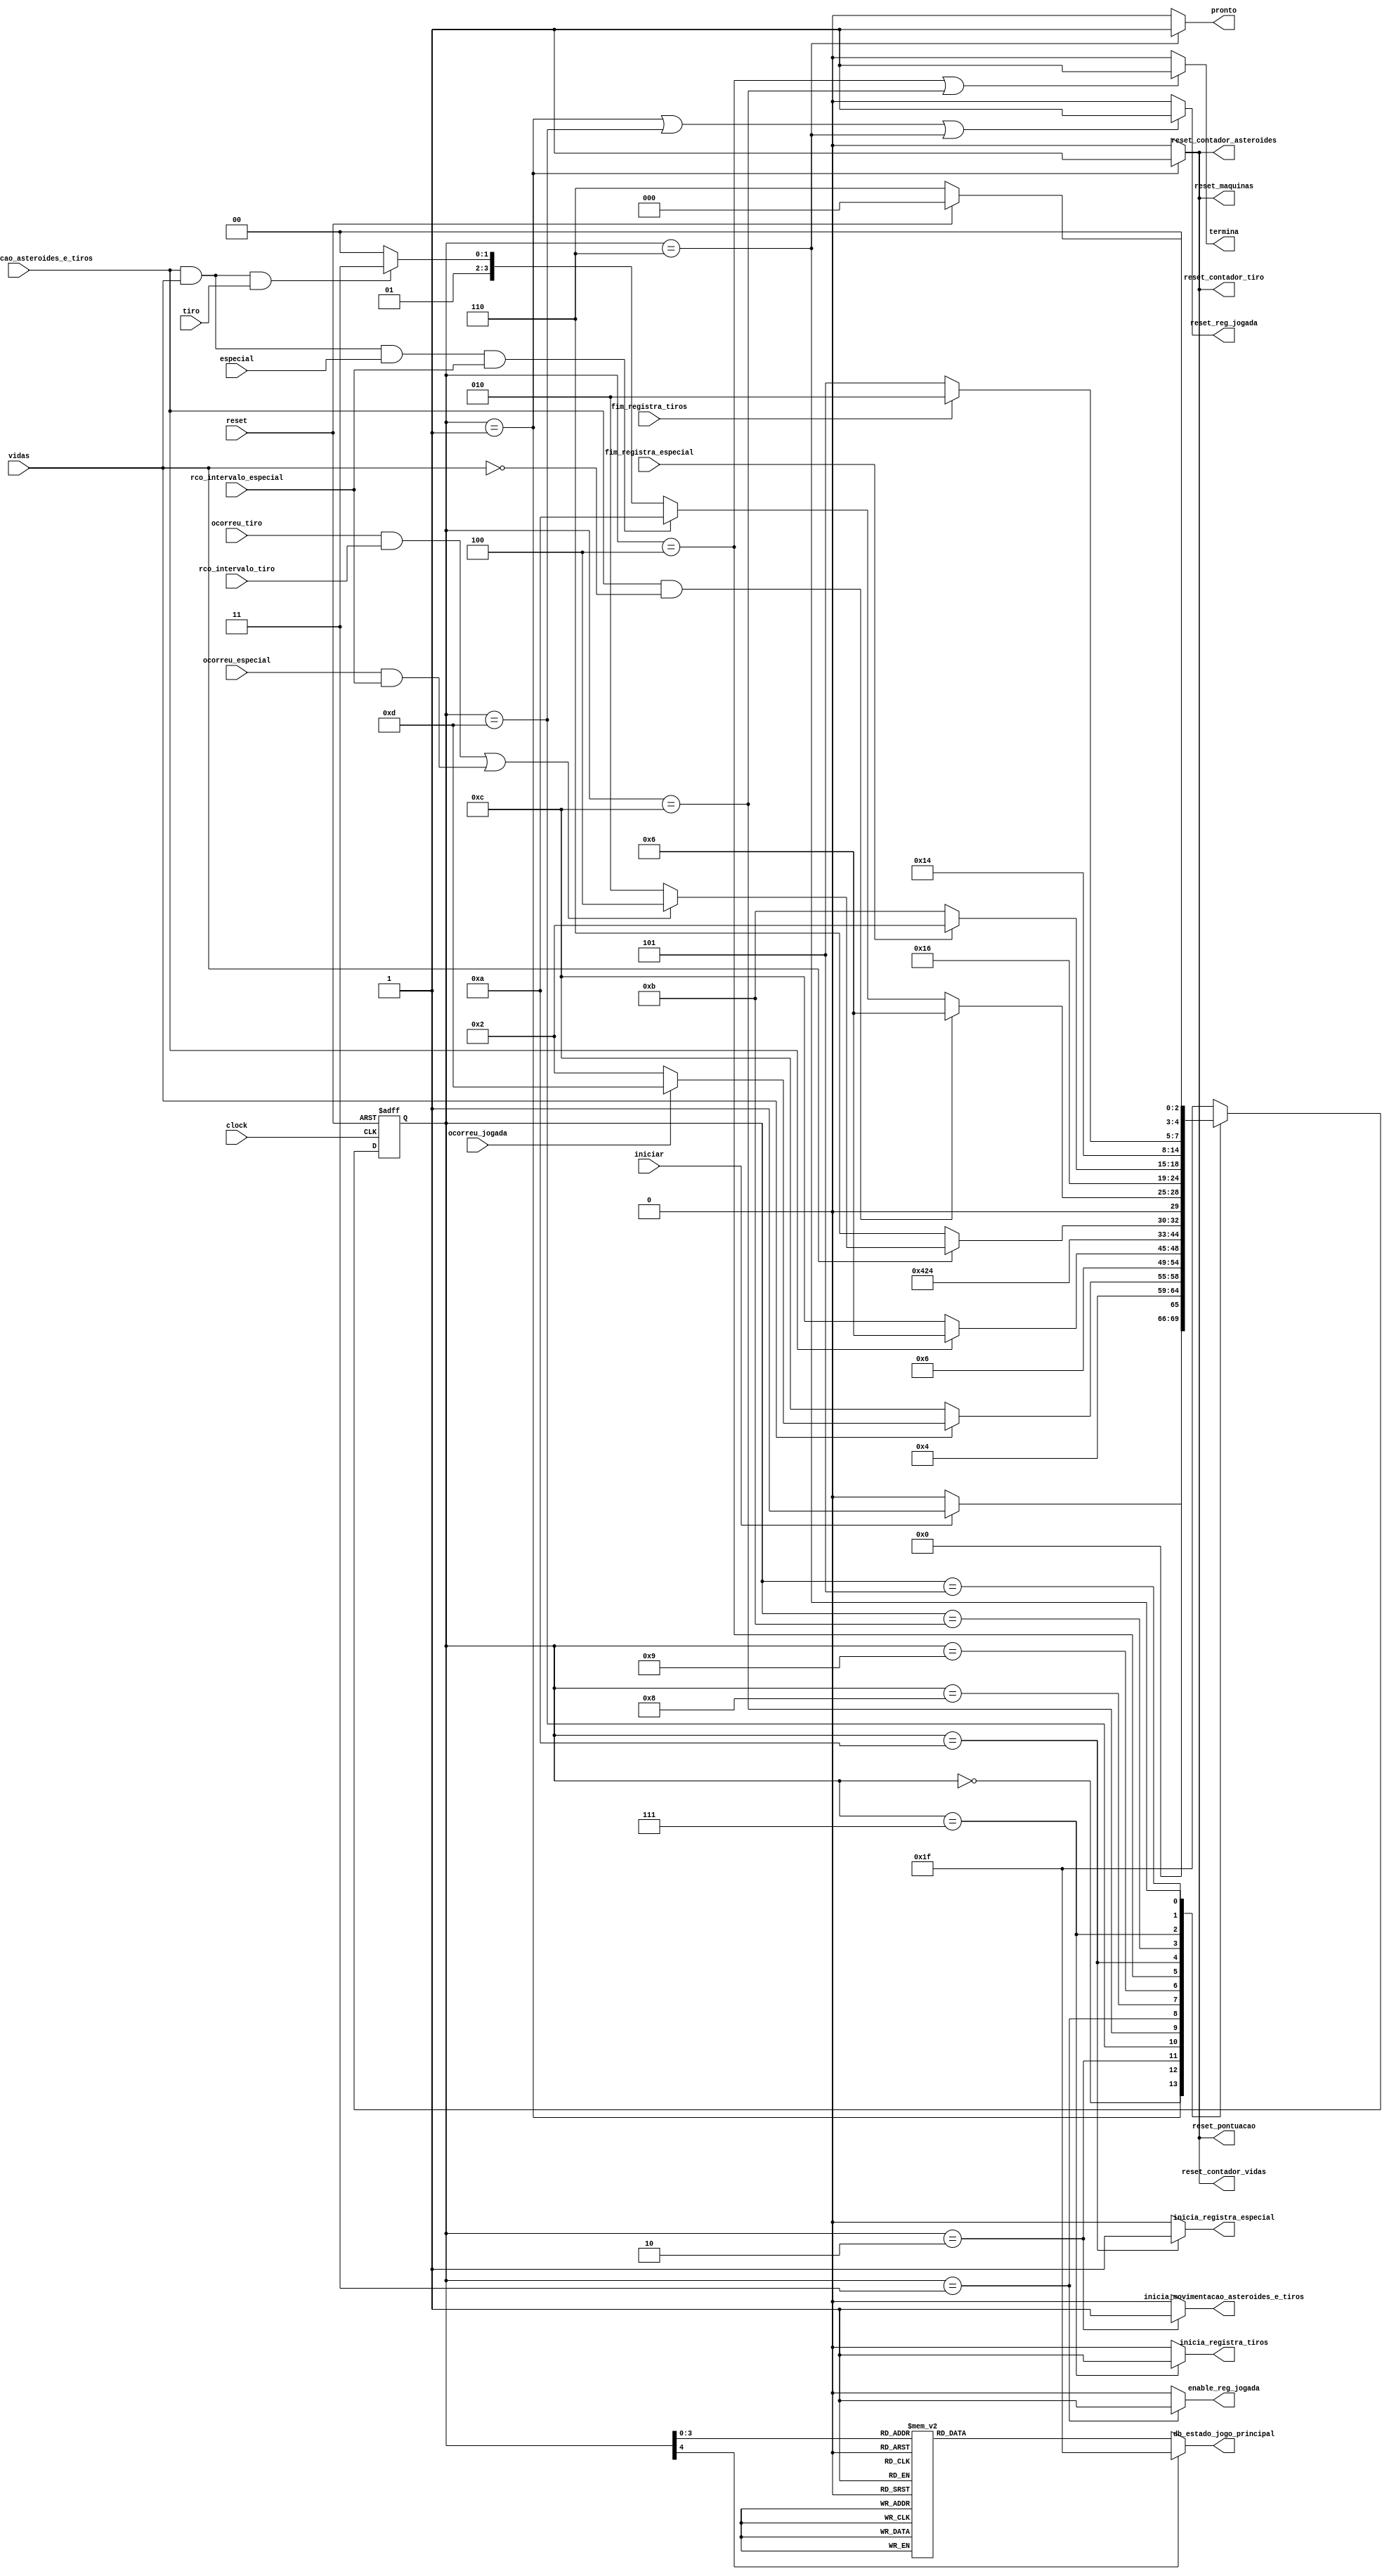
/*
*       Unidade de controle responsvel pelo jogo principal, essa unidade tem a maior hierarquia
*       entre as unidades de controles. Ela registra a jogada, e inicializa a operao das unidades de controles:
*       coordena_asteroides_tiros.v, uc_registra_tiros.v, e uc_registra_especial.v
*
*/
module uc_jogo_principal (
        input clock,
        input iniciar,
        input reset,
        input vidas,
        input fim_movimentacao_asteroides_e_tiros, 
        input fim_registra_tiros,
        input fim_registra_especial, 
        input ocorreu_tiro,
        input ocorreu_jogada,
        input ocorreu_especial, 
        input tiro,      
        input especial, 
        input rco_intervalo_especial,
        input rco_intervalo_tiro,
        output reg enable_reg_jogada,
        output reg reset_reg_jogada, 
        output reg inicia_registra_tiros,
        output reg inicia_registra_especial, 
        output reg inicia_movimentacao_asteroides_e_tiros, 
        output reg reset_contador_asteroides,
        output reg reset_contador_tiro,
        output reg reset_contador_vidas,
        output reg reset_maquinas,
        output reg reset_pontuacao,
        output reg pronto,
        output reg termina,
        output reg [4:0] db_estado_jogo_principal
);

        /* declarao dos estados dessa UC */
        parameter inicial                                 = 5'b00000; // 0
        parameter inicializa_elementos                    = 5'b00001; // 1
        parameter espera_jogada                           = 5'b00010; // 2
        parameter registra_jogada                         = 5'b00011; // 3
        parameter termina_movimentacao_asteroides_e_tiros = 5'b00100; // 4
        parameter espera_registra_tiros                   = 5'b00101; // 5 
        parameter fim_jogo                                = 5'b00110; // 6 
        parameter inicia_state_registra_tiros             = 5'b00111; // 7
        parameter espera_salvamento                       = 5'b01000; // 8
        parameter espera_salvamento2                      = 5'b01001; // 9
        parameter inicia_state_registra_especial          = 5'b01010; // 10 
        parameter espera_registra_especial                = 5'b01011; // 11 
        parameter espera_enviar_dados                     = 5'b01100; // 12
        parameter reseta_jogada                           = 5'b01101; // 13
        parameter erro                                    = 5'b11111; // F

        /* Variveis de estado */
        reg [4:0] estado_atual, proximo_estado;

        /* Memria de estado */
        always @(posedge clock or posedge reset) begin
                if (reset)
                        estado_atual <= inicial;
                else
                        estado_atual <= proximo_estado;
        end

        /* Mudana de estados */
        always @* begin
        case (estado_atual)
                inicial:              proximo_estado = iniciar ? inicializa_elementos : inicial;                                 
                inicializa_elementos: proximo_estado = espera_jogada;
                espera_jogada:        proximo_estado = ~vidas ? espera_enviar_dados :  
                                                        (ocorreu_jogada)  ? reseta_jogada : espera_jogada;
                reseta_jogada:        proximo_estado = registra_jogada;
                espera_enviar_dados:  proximo_estado = fim_movimentacao_asteroides_e_tiros ? fim_jogo : espera_enviar_dados;
                registra_jogada:      proximo_estado = espera_salvamento;
                espera_salvamento:    proximo_estado = espera_salvamento2; 
                espera_salvamento2:   proximo_estado = ~vidas ? fim_jogo : 
                                                        ((ocorreu_tiro && rco_intervalo_tiro) || (ocorreu_especial  && rco_intervalo_especial))  ? termina_movimentacao_asteroides_e_tiros : espera_jogada;
                termina_movimentacao_asteroides_e_tiros: proximo_estado = (fim_movimentacao_asteroides_e_tiros && ~vidas            )? fim_jogo :
                                                                          (fim_movimentacao_asteroides_e_tiros && vidas && especial && rco_intervalo_especial)? inicia_state_registra_especial :
                                                                          (fim_movimentacao_asteroides_e_tiros && vidas && tiro    )? inicia_state_registra_tiros : termina_movimentacao_asteroides_e_tiros;
                inicia_state_registra_especial:    proximo_estado = espera_registra_especial;
                espera_registra_especial:          proximo_estado = fim_registra_especial ? espera_jogada : espera_registra_especial;
                inicia_state_registra_tiros:       proximo_estado = espera_registra_tiros;
                espera_registra_tiros:             proximo_estado = fim_registra_tiros ? espera_jogada : espera_registra_tiros;                      
                fim_jogo:                          proximo_estado = reset ? inicial : fim_jogo;   
                default:                           proximo_estado = erro;                             
        endcase
    end

    /* Lgica de sada (maquina Moore) */
    always @* begin
        reset_reg_jogada          = (estado_atual == inicializa_elementos ||
                                     estado_atual == reseta_jogada        ||
                                     estado_atual == fim_jogo)             ? 1'b1 : 1'b0;
 
        reset_contador_asteroides = (estado_atual == inicializa_elementos )? 1'b1 : 1'b0;

        reset_contador_tiro       = (estado_atual == inicializa_elementos )? 1'b1 : 1'b0;

        reset_maquinas            = (estado_atual == inicializa_elementos  )? 1'b1 : 1'b0;

        reset_pontuacao           = (estado_atual == inicializa_elementos) ? 1'b1 : 1'b0;

        reset_contador_vidas      = (estado_atual == inicializa_elementos) ? 1'b1 : 1'b0;

        enable_reg_jogada         = (estado_atual == registra_jogada)      ? 1'b1 : 1'b0;
        pronto                    = (estado_atual == fim_jogo)             ? 1'b1 : 1'b0;
        inicia_registra_tiros     = (estado_atual == inicia_state_registra_tiros) ? 1'b1 : 1'b0;
        inicia_registra_especial  = (estado_atual == inicia_state_registra_especial) ? 1'b1 : 1'b0;
        termina                   = (estado_atual == termina_movimentacao_asteroides_e_tiros || estado_atual == espera_enviar_dados) ? 1'b1 : 1'b0;
        inicia_movimentacao_asteroides_e_tiros = (estado_atual == espera_jogada) ? 1'b1 : 1'b0;

        /* Sada de depurao (estado) */
        case (estado_atual)
                inicial                                 : db_estado_jogo_principal = 5'b00000; // 0
                inicializa_elementos                    : db_estado_jogo_principal = 5'b00001; // 1
                espera_jogada                           : db_estado_jogo_principal = 5'b00010; // 2 
                registra_jogada                         : db_estado_jogo_principal = 5'b00011; // 3 
                termina_movimentacao_asteroides_e_tiros : db_estado_jogo_principal = 5'b00100; // 4 
                espera_registra_tiros                   : db_estado_jogo_principal = 5'b00101; // 5 
                fim_jogo                                : db_estado_jogo_principal = 5'b00110; // 6
                inicia_state_registra_tiros             : db_estado_jogo_principal = 5'b00111; // 7
                espera_salvamento                       : db_estado_jogo_principal = 5'b01000; // 8
                espera_salvamento2                      : db_estado_jogo_principal = 5'b01001; // 9
                inicia_state_registra_especial          : db_estado_jogo_principal = 5'b01010; // 10 
                espera_registra_especial                : db_estado_jogo_principal = 5'b01011; // 11 
                espera_enviar_dados                     : db_estado_jogo_principal = 5'b01100; // 12
                default                                 : db_estado_jogo_principal = 5'b11111;
        endcase
    end
endmodule